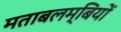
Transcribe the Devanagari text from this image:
मताबलम्बियों